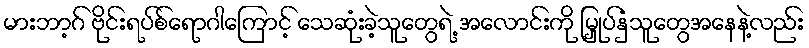
မားဘာ့ဂ် ဗိုင်းရပ်စ်ရောဂါကြောင့် သေဆုံးခဲ့သူတွေရဲ့ အလောင်းကို မြှုပ်နှံသူတွေအနေနဲ့လည်း